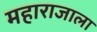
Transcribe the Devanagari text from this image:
महाराजाला